Epidemic dropsy in Calcutta - Number 49
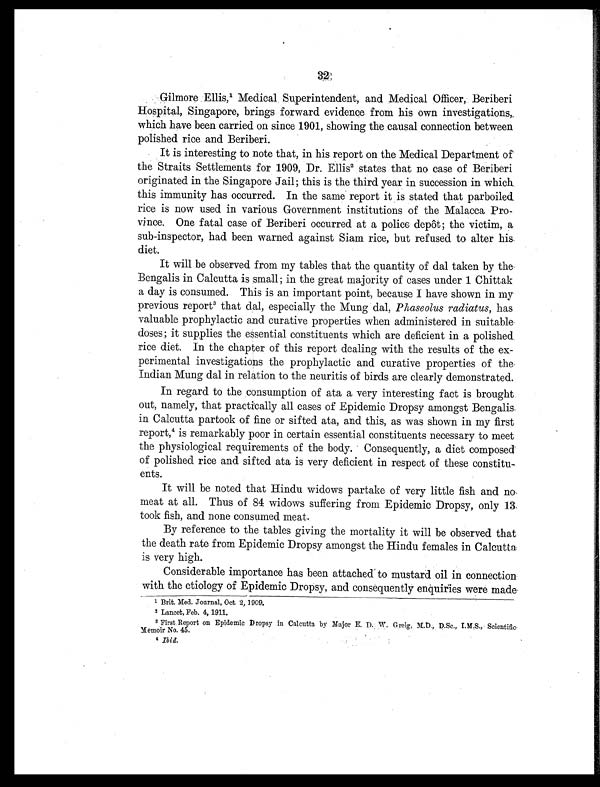
32
Gilmore Ellis,1 Medical Superintendent, and Medical Officer, Beriberi
Hospital, Singapore, brings forward evidence from his own investigations,
which have been carried on since 1901, showing the causal connection between
polished rice and Beriberi.
It is interesting to note that, in his report on the Medical Department of
the Straits Settlements for 1909, Dr. Ellis2 states that no case of Beriberi
originated in the Singapore Jail; this is the third year in succession in which
this immunity has occurred. In the same report it is stated that parboiled
rice is now used in various Government institutions of the Malacca Pro-
vince. One fatal case of Beriberi occurred at a police depôt; the victim, a
sub-inspector, had been warned against Siam rice, but refused to alter his
diet.
It will be observed from my tables that the quantity of dal taken by the
Bengalis in Calcutta is small; in the great majority of cases under 1 Chittak
a day is consumed. This is an important point, because I have shown in my
previous report 3 that dal, especially the Mung dal, Phaseolus radiatus, has
valuable prophylactic and curative properties when administered in suitable
doses; it supplies the essential constituents which are deficient in a polished
rice diet. In the chapter of this report dealing with the results of the ex-
perimental investigations the prophylactic and curative properties of the
Indian Mung dal in relation to the neuritis of birds are clearly demonstrated.
In regard to the consumption of ata a very interesting fact is brought
out, namely, that practically all cases of Epidemic Dropsy amongst Bengalis
in Calcutta partook of fine or sifted ata, and this, as was shown in my first
report,4 is remarkably poor in certain essential constituents necessary to meet
the physiological requirements of the body. Consequently, a diet composed
of polished rice and sifted ata is very deficient in respect of these constitu-
ents.
It will be noted that Hindu widows partake of very little fish and no
meat at all. Thus of 84 widows suffering from Epidemic Dropsy, only 13
took fish, and none consumed meat.
By reference to the tables giving the mortality it will be observed that
the death rate from Epidemic Dropsy amongst the Hindu females in Calcutta.
is very high.
Considerable importance has been attached to mustard oil in connection
with the etiology of Epidemic Dropsy, and consequently enquiries were made
1 Brit. Med. Journal, Oct. 2, 1909.
2 Lancet, Feb. 4, 1911.
3F i r s t R e p o r t o n E p i d e mi c Dr o p s y i n Ca l c u t t a b y Ma j o r E . D. W. Gr e i g , M. D. , D. S c . , I . M. S . , S c i e n t i f i c
Memoir No. 45.
4 Ibid.